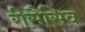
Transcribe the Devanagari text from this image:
रीसैसिव